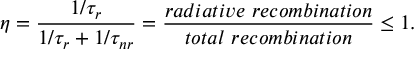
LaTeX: \eta = { \frac { 1 / \tau _ { r } } { 1 / \tau _ { r } + 1 / \tau _ { n r } } } = { \frac { r a d i a t i v e \ r e c o m b i n a t i o n } { t o t a l \ r e c o m b i n a t i o n } } \leq 1 .